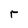
Character: r